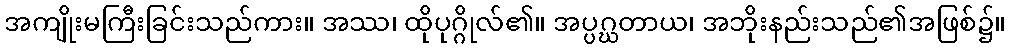
အကျိုးမကြီးခြင်းသည်ကား။ အဿ၊ ထိုပုဂ္ဂိုလ်၏။ အပ္ပဂ္ဃတာယ၊ အဘိုးနည်းသည်၏အဖြစ်၌။